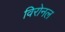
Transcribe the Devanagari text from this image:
विरोनल